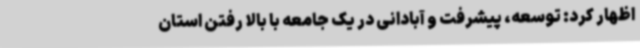
اظهار کرد: توسعه، پیشرفت و آبادانی در یک جامعه با بالا رفتن استان